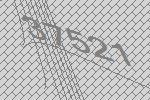
37521